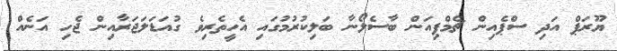
ޔޫރަޕް އަދި ސްޕެއިން ޗެމްޕިއަން ބާސެލޯނާ ބަލިކުރުމުގައި އެހީތެރިވެ ގުއަޑަލަޖަރާއިން ޖެހި އަނެއް